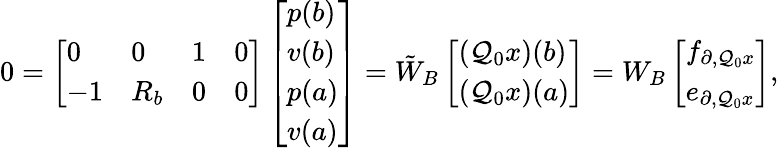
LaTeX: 0=\left[\begin{array}{llll}{0}&{0}&{1}&{0}\\ {-1}&{R_{b}}&{0}&{0}\end{array}\right]\left[\begin{array}{l}{p(b)}\\ {v(b)}\\ {p(a)}\\ {v(a)}\end{array}\right]=\tilde{W}_{B}\left[\begin{array}{l}{(\mathcal{Q}_{0}x)(b)}\\ {(\mathcal{Q}_{0}x)(a)}\end{array}\right]=W_{B}\left[\begin{array}{l}{f_{\partial,\mathcal{Q}_{0}x}}\\ {e_{\partial,\mathcal{Q}_{0}x}}\end{array}\right],